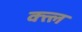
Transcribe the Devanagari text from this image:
क्त्ल